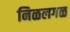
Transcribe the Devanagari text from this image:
निळलगळ